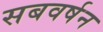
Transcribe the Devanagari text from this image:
सबवर्षन